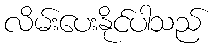
လိမ်းပေးနိုင်ပါသည်